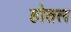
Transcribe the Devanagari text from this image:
होतल